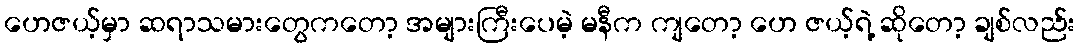
ဟေဇယ့်မှာ ဆရာသမားတွေကတော့ အများကြီးပေမဲ့ မနီက ကျတော့ ဟေ ဇယ့်ရဲ့ ဆိုတော့ ချစ်လည်း